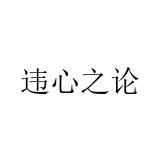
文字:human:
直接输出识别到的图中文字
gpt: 违心之论